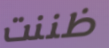
ظننت